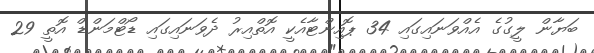
ބަޔާން ލީގުގެ އެއްވަނައިގައި 34 ޕޮއިންޓާއެކީ އޮތްއިރު ދެވަނައިގައި ޑޯޓްމަންޑް އޮތީ 29